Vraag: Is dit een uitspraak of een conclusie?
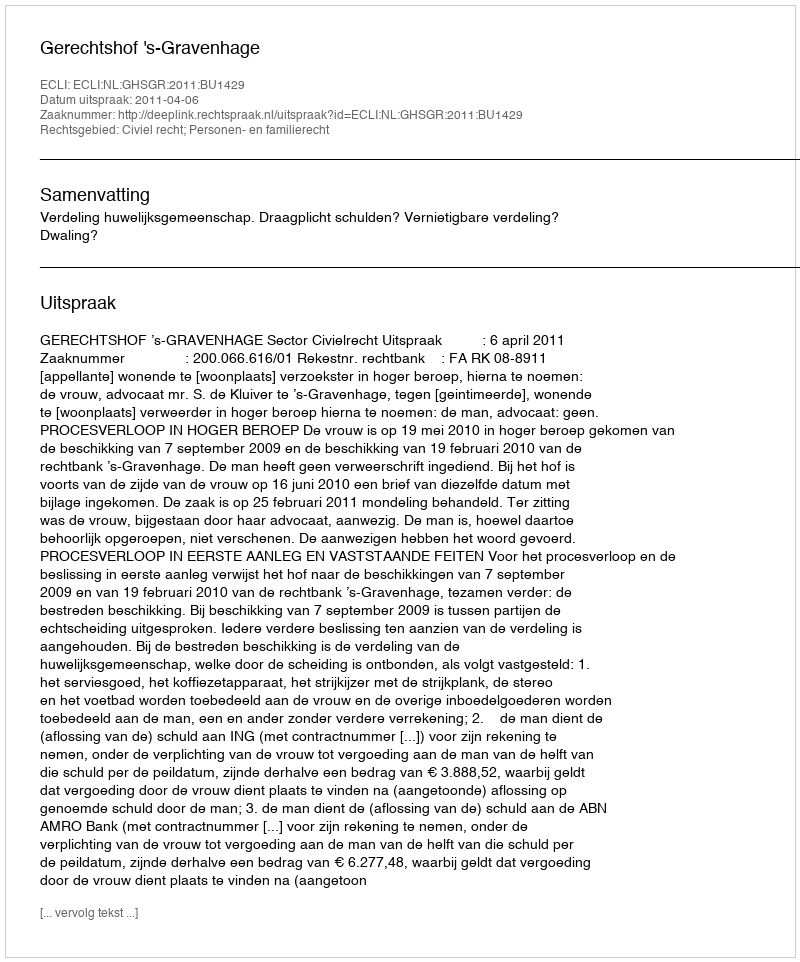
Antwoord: Uitspraak